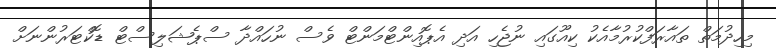
މިހިދުމަތް ތައާރަފްކުރުމާއެކު ކިއޫގައި ނުޖެހި އަދި އެޕޮއިންޓްމަންޓް ވެސް ނުހައްދާ ސްޕެޝަލިސްޓް ޑޮކްޓަރުންނަށް